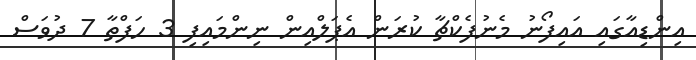
އިންޑިއާގައި އައިފޯނު މެނުފެކްޗާ ކުރަން އެޕަލްއިން ނިންމައިފި 3 ހަފްތާ 7 ދުވަސް